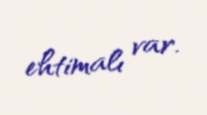
ehtimalı var.